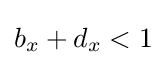
b_{x}+d_{x}<1\,\!